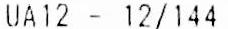
UA12 - 12/144